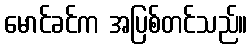
မောင်ခင်က အပြစ်တင်သည်။